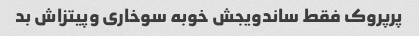
پرپروک فقط ساندویجش خوبه سوخاری وپیتزاش بد